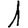
Digit: 1